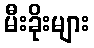
မီးခိုးများ